画像に写った文字を読んでください
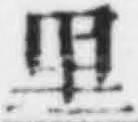
「里」と書いてあります